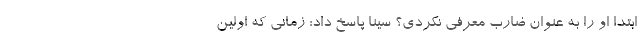
ابتدا او را به عنوان ضارب معرفی نکردی؟ سینا پاسخ داد: زمانی که اولین